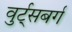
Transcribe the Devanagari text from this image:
वुर्ट्‌सबर्ग